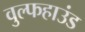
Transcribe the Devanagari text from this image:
वुल्फहाउंड